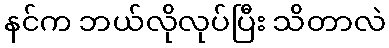
နင်က ဘယ်လိုလုပ်ပြီး သိတာလဲ